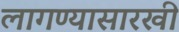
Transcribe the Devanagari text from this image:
लागण्यासारखी